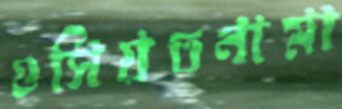
ওসিয়তনামা